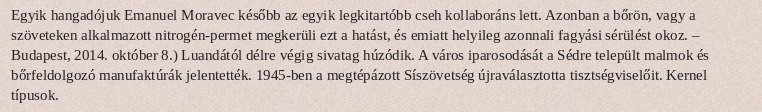
Egyik hangadójuk Emanuel Moravec később az egyik legkitartóbb cseh kollaboráns lett. Azonban a bőrön, vagy a szöveteken alkalmazott nitrogén-permet megkerüli ezt a hatást, és emiatt helyileg azonnali fagyási sérülést okoz. – Budapest, 2014. október 8.) Luandától délre végig sivatag húzódik. A város iparosodását a Sédre települt malmok és bőrfeldolgozó manufaktúrák jelentették. 1945-ben a megtépázott Síszövetség újraválasztotta tisztségviselőit. Kernel típusok.